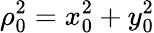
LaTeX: \rho_{0}^{2}=x_{0}^{2}+y_{0}^{2}